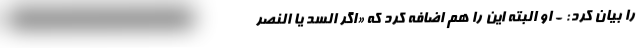
را بیان کرد: - او البته این را هم اضافه کرد که «اگر السد یا النصر